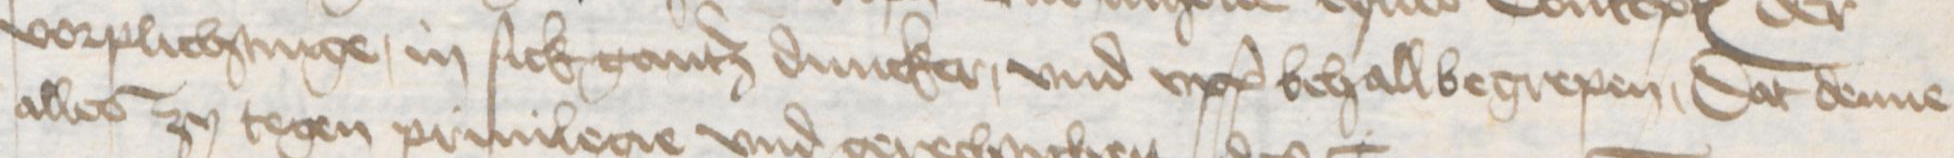
vorplichtinge, in sick gantz duncker, vnd vpp behall begrepen, Dat denne